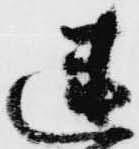
迷